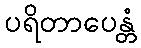
ပရိတာပေန္တံ